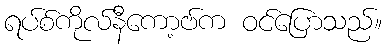
ရပ်စ်ကိုလ်နီကော့ဗ်က ဝင်ပြောသည်။